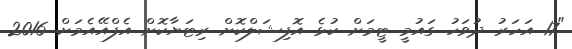
"17 އަހަރު ދުވަހު ގައުމީ ޓީމަށް ކުޅެ އޮފިޝަލްކޮށް ރިޓަޔާކޮށް އެފްއޭއެމަށް 2016